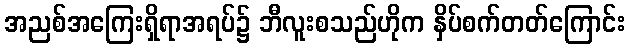
အညစ်အကြေးရှိရာအရပ်၌ ဘီလူးစသည်ဟိုက နှိပ်စက်တတ်ကြောင်း